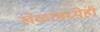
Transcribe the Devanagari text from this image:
खेळांमध्येही